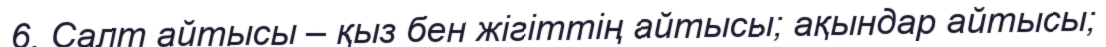
6. Салт айтысы – қыз бен жігіттің айтысы; ақындар айтысы;